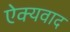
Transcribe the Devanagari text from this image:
ऐक्यवाद